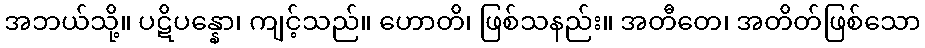
အဘယ်သို့။ ပဋိပန္နော၊ ကျင့်သည်။ ဟောတိ၊ ဖြစ်သနည်း။ အတီတေ၊ အတိတ်ဖြစ်သော